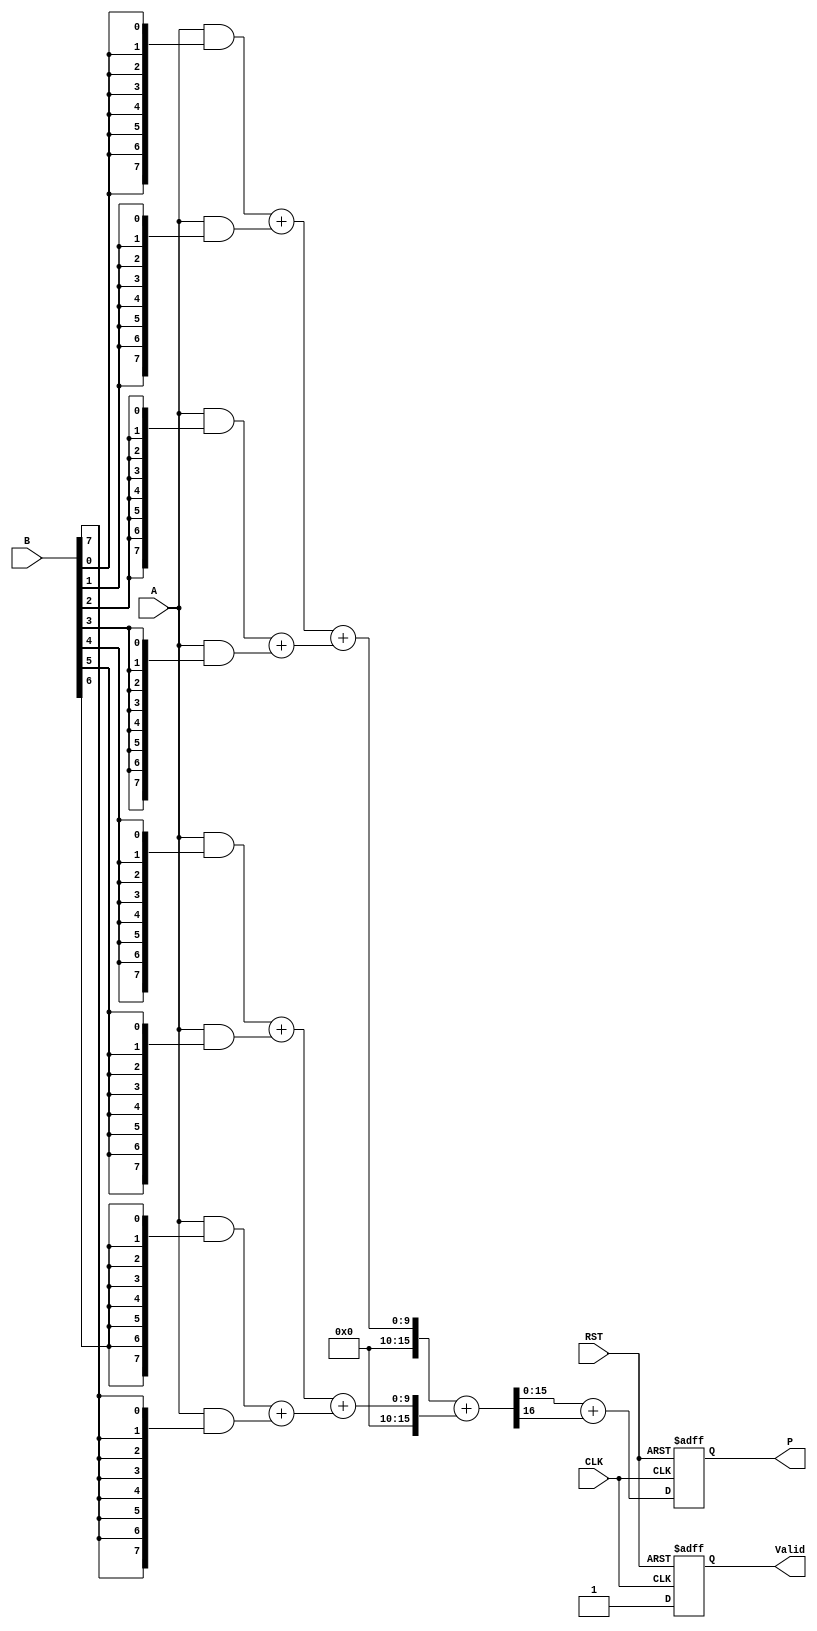
module FixedPointWallaceTreeMultiplier #(
    parameter N = 8, // Number of bits for multiplicand
    parameter M = 8  // Number of bits for multiplier
)(
    input  wire [N-1:0] A,      // Fixed-point multiplicand
    input  wire [M-1:0] B,      // Fixed-point multiplier
    input  wire CLK,             // Clock signal
    input  wire RST,             // Reset signal
    output reg  [N+M-1:0] P,     // Fixed-point product
    output reg  Valid            // Product valid signal
);

    // Internal signals
    reg [N-1:0] partial_products[M-1:0];
    wire [N+M-1:0] sum_stage1[M/2-1:0];
    wire [N+M-1:0] carry_stage1[M/2-1:0];
    wire [N+M-1:0] sum_stage2[M/4-1:0];
    wire [N+M-1:0] carry_stage2[M/4-1:0];
    wire [N+M-1:0] final_sum;
    wire [N+M-1:0] final_carry;

    integer i;

    // Partial Product Generation
    always @(*) begin
        for (i = 0; i < M; i = i + 1) begin
            partial_products[i] = A & {N{B[i]}};
        end
    end

    // Wallace Tree Reduction Level 1
    generate
        genvar j;
        for (j = 0; j < M/2; j = j + 1) begin : level1
            assign {carry_stage1[j], sum_stage1[j]} = partial_products[2*j] + partial_products[2*j + 1];
        end
    endgenerate

    // Wallace Tree Reduction Level 2
    generate
        for (j = 0; j < (M/4); j = j + 1) begin : level2
            assign {carry_stage2[j], sum_stage2[j]} = sum_stage1[2*j] + sum_stage1[2*j + 1];
        end
    endgenerate

    // Final Addition
    assign {final_carry, final_sum} = sum_stage2[0] + sum_stage2[1];

    // Output Registering and Control Logic
    always @(posedge CLK or posedge RST) begin
        if (RST) begin
            P <= 0;
            Valid <= 0;
        end else begin
            P <= final_sum + final_carry; // Final product
            Valid <= 1; // Product is valid after computation
        end
    end

endmodule